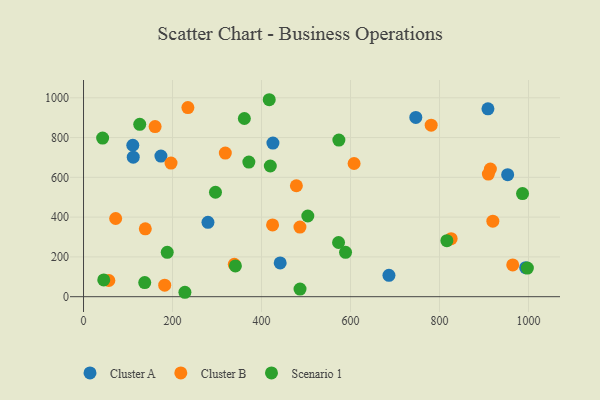
{"axis": {"x": "Speed", "y": "Fuel Efficiency"}, "legend": ["Cluster A", "Cluster B", "Scenario 1"], "data": [{"x": "111.7", "y": 701.4, "type": "Cluster A"}, {"x": "746.7", "y": 901.5, "type": "Cluster A"}, {"x": "686.3", "y": 107.6, "type": "Cluster A"}, {"x": "441.9", "y": 169.9, "type": "Cluster A"}, {"x": "953.1", "y": 613.7, "type": "Cluster A"}, {"x": "993.6", "y": 145.9, "type": "Cluster A"}, {"x": "173.9", "y": 706.8, "type": "Cluster A"}, {"x": "908.8", "y": 944.7, "type": "Cluster A"}, {"x": "279.6", "y": 373.8, "type": "Cluster A"}, {"x": "425.6", "y": 772.5, "type": "Cluster A"}, {"x": "110.7", "y": 761.3, "type": "Cluster A"}, {"x": "424.8", "y": 360.9, "type": "Cluster B"}, {"x": "826.1", "y": 291.9, "type": "Cluster B"}, {"x": "919.8", "y": 379.7, "type": "Cluster B"}, {"x": "72.2", "y": 393.0, "type": "Cluster B"}, {"x": "318.6", "y": 722.3, "type": "Cluster B"}, {"x": "234.5", "y": 950.8, "type": "Cluster B"}, {"x": "196.6", "y": 671.6, "type": "Cluster B"}, {"x": "478.3", "y": 557.9, "type": "Cluster B"}, {"x": "56.9", "y": 81.4, "type": "Cluster B"}, {"x": "338.8", "y": 162.9, "type": "Cluster B"}, {"x": "138.8", "y": 341.0, "type": "Cluster B"}, {"x": "182.4", "y": 57.9, "type": "Cluster B"}, {"x": "781.2", "y": 862.2, "type": "Cluster B"}, {"x": "486.3", "y": 349.8, "type": "Cluster B"}, {"x": "608.0", "y": 669.6, "type": "Cluster B"}, {"x": "914.3", "y": 641.4, "type": "Cluster B"}, {"x": "160.8", "y": 855.1, "type": "Cluster B"}, {"x": "964.5", "y": 159.6, "type": "Cluster B"}, {"x": "909.7", "y": 616.7, "type": "Cluster B"}, {"x": "341.3", "y": 154.6, "type": "Scenario 1"}, {"x": "42.9", "y": 797.5, "type": "Scenario 1"}, {"x": "419.7", "y": 657.2, "type": "Scenario 1"}, {"x": "137.5", "y": 70.9, "type": "Scenario 1"}, {"x": "573.1", "y": 272.5, "type": "Scenario 1"}, {"x": "417.3", "y": 990.3, "type": "Scenario 1"}, {"x": "486.5", "y": 38.5, "type": "Scenario 1"}, {"x": "504.0", "y": 405.8, "type": "Scenario 1"}, {"x": "296.5", "y": 525.1, "type": "Scenario 1"}, {"x": "188.1", "y": 223.0, "type": "Scenario 1"}, {"x": "997.4", "y": 144.1, "type": "Scenario 1"}, {"x": "816.5", "y": 281.8, "type": "Scenario 1"}, {"x": "371.5", "y": 676.8, "type": "Scenario 1"}, {"x": "227.8", "y": 22.2, "type": "Scenario 1"}, {"x": "573.8", "y": 787.3, "type": "Scenario 1"}, {"x": "126.3", "y": 866.4, "type": "Scenario 1"}, {"x": "45.4", "y": 84.2, "type": "Scenario 1"}, {"x": "588.8", "y": 222.9, "type": "Scenario 1"}, {"x": "986.5", "y": 518.5, "type": "Scenario 1"}, {"x": "361.4", "y": 895.8, "type": "Scenario 1"}]}